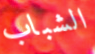
الشباب